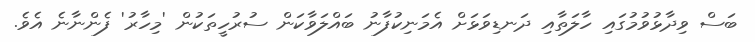
ބަސް ވިދާޅުވުމުގައި ހާލަތާއި ދަނޑިވަޅަށް އެމަނިކުފާނު ބައްލަވާކަން ސުރުހީތަކުން 'މިހާރު' ފެންނާނެ އެވެ.